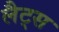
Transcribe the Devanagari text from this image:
लैट्स